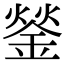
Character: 𨧿